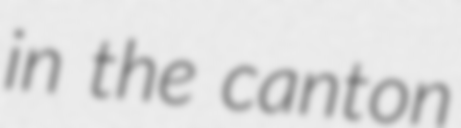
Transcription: in the canton